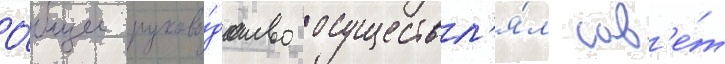
О́бщее руково́дство осуществл'я́л сов'е́т